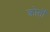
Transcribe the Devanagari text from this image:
क्रोतों